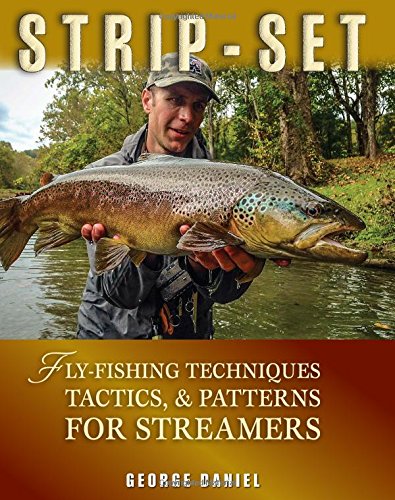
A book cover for Strip-Set: Fly-Fishing Techniques, Tactics, Patterns for Streamers; George Daniel; Sports & Outdoors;